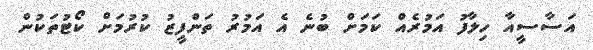
އަސާސީއާ ހިލާފު އަމުރެއް ކަމަށް ބުނެ އެ އަމުރު ތަންފީޒު ކުރުމަށް ކޯޓުތަކުން